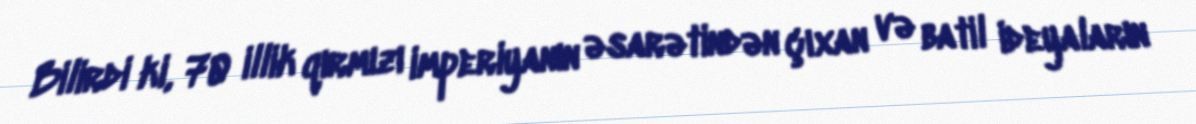
Bilirdi ki, 70 illik qırmızı imperiyanın əsarətindən çıxan və batil ideyaların